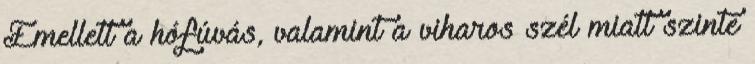
Emellett a hófúvás, valamint a viharos szél miatt szinte